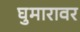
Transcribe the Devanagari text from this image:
घुमारावर